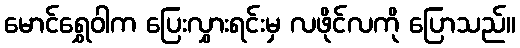
မောင်ရွှေဝါက ပြေးလွှားရင်းမှ လဖိုင်လကို ပြောသည်။